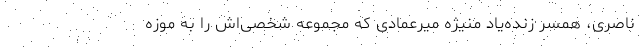
ناصری، همسر زنده‌یاد منیژه میرعمادی که مجموعه شخصی‌اش را به موزه